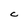
Character: C